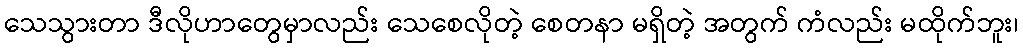
သေသွားတာ ဒီလိုဟာတွေမှာလည်း သေစေလိုတဲ့ စေတနာ မရှိတဲ့ အတွက် ကံလည်း မထိုက်ဘူး၊